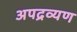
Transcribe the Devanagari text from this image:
अपद्रव्यण